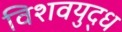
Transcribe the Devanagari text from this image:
विशवयुद्ध